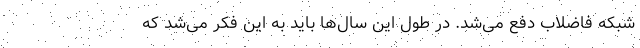
شبکه فاضلاب دفع می‌شد. در طول این سال‌ها باید به این فکر می‌شد که